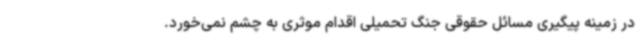
در زمینه پیگیری مسائل حقوقی جنگ تحمیلی اقدام موثری به چشم نمی‌خورد.